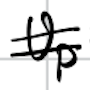
Text: Up
Cross-out: mix
Writing tool: digital_black